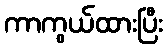
ကာကွယ်ထားပြီး